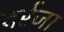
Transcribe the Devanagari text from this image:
दर्रजा